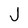
Character: J